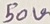
Text: 50V